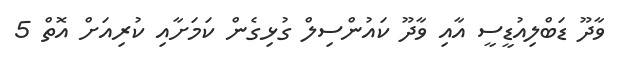
ވާދޫ ޑަބްލިއުޑީސީ އާއި ވާދޫ ކައުންސިލް ގުޅިގެން ކަމަށާއި ކުރިއަށް އޮތް 5